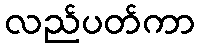
လည်ပတ်ကာ